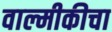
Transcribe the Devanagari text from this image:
वाल्मीकीचा